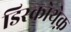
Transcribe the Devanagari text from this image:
डिस्कोथेक़